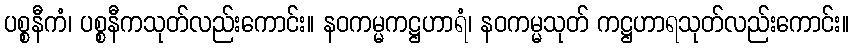
ပစ္စနီကံ၊ ပစ္စနီကသုတ်လည်းကောင်း။ နဝကမ္မကဋ္ဌဟာရံ၊ နဝကမ္မသုတ် ကဋ္ဌဟာရသုတ်လည်းကောင်း။